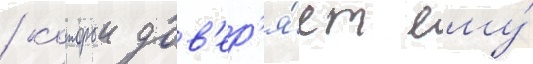
/ которыи дов'ер'я́ет ему́